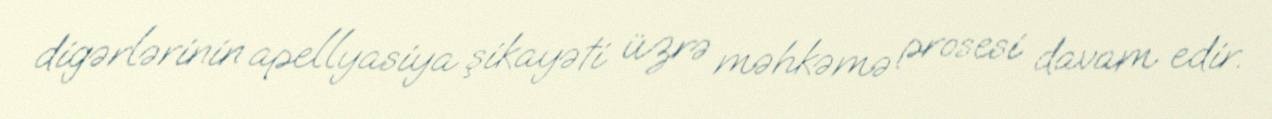
digərlərinin apellyasiya şikayəti üzrə məhkəmə prosesi davam edir.